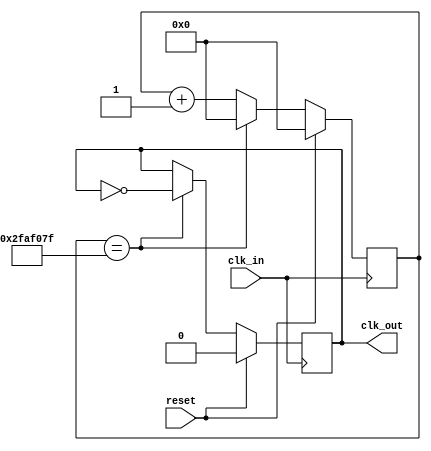
`timescale 1ns / 1ps
//////////////////////////////////////////////////////////////////////////////////
// Company: 
// Engineer: 
// 
// Design Name: 
// Module Name: clock_divider
// Project Name: 
// Target Devices: 
// Tool Versions: 
// Description: 
// 
// Dependencies: 
// 
// Revision:
// Revision 0.01 - File Created
// Additional Comments:
// 
//////////////////////////////////////////////////////////////////////////////////

module clk_divider
#(
	parameter O_CLK_FREQ = 1
)(
	input clk_in,
	input reset,
	output reg clk_out
);

	/*
	 * Calculamos el valor mximo que nuestro contador debe alcanzar en funcin
	 * de O_CLK_FREQ
	 */
	localparam COUNTER_MAX = 'd100_000_000/(2 * O_CLK_FREQ) - 1;

	reg [26:0] counter = 'd0;

	/*
	 * Bloque procedural que resetea el contador e invierte el valor del reloj de salida
	 * cada vez que el contador llega a su valor mximo.
	 */
	always @(posedge clk_in) begin
		if (reset == 1'b1) begin
			// Seal reset sincrnico, setea el contador y la salida a un valor conocido
			counter <= 'd0;
			clk_out <= 0;
		end else if (counter == COUNTER_MAX) begin
			// Se resetea el contador y se invierte la salida
			counter <= 'd0;
			clk_out <= ~clk_out;
		end else begin
			// Se incrementa el contador y se mantiene la salida con su valor anterior
			counter <= counter + 'd1;
			clk_out <= clk_out;
		end
	end

endmodule